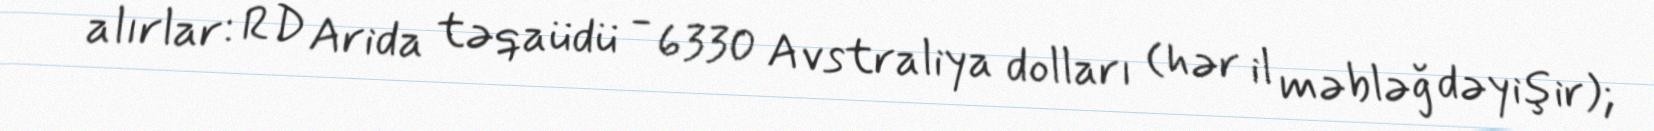
alırlar: RD Arida təqaüdü - 6330 Avstraliya dolları (hər il məbləğ dəyişir);